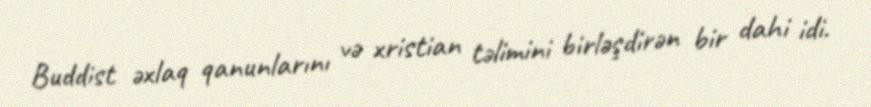
Buddist əxlaq qanunlarını və xristian təlimini birləşdirən bir dahi idi.